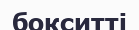
бокситті